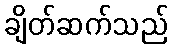
ချိတ်ဆက်သည်